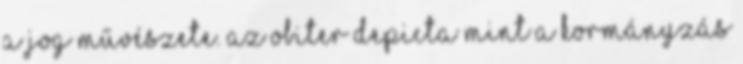
a jog művészete. Az obiter depicta mint a kormányzás